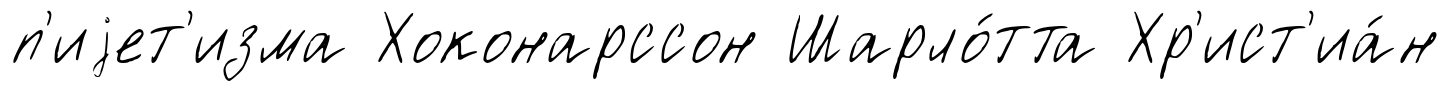
п'иjет'изма Хоконарссон Шарло́тта Хр'ист'иа́н